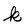
Character: k